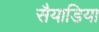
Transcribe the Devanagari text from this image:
सैयाडिया